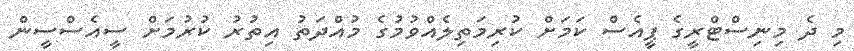
މި ދެ މިނިސްޓްރީގެ ޕީއެސް ކަމަށް ކުރިމަތިލެއްވުމުގެ މުއްދަތު އިތުރު ކުރުމަށް ސީއެސްސީން